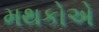
મથકોએ